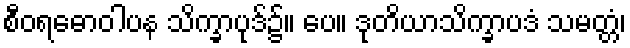
စီဝရဓောဝါပန သိက္ခာပုဒ်၌။ ပေ။ ဒုတိယာသိက္ခာပဒံ သမတ္တံ၊